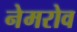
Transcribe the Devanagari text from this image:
नेमरोव